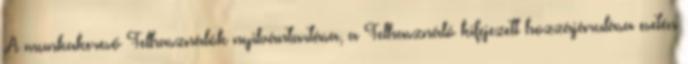
A munkakereső Felhasználók nyilvántartása, a Felhasználó kifejezett hozzájárulása esetén